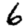
Digit: 6